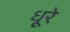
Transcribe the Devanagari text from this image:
धूरे